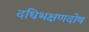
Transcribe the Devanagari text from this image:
दधिभक्षणदोष